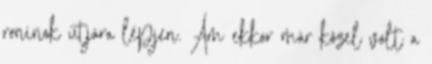
roninok útjára lépjen. Ám ekkor már közel volt a